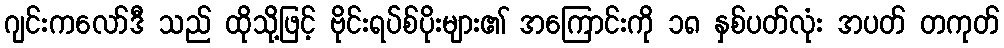
ဂျင်းကလော်ဒီ သည် ထိုသို့ဖြင့် ဗိုင်းရပ်စ်ပိုးများ၏ အကြောင်းကို ၁၈ နှစ်ပတ်လုံး အပတ် တကုတ်